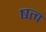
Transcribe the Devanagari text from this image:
षत्व